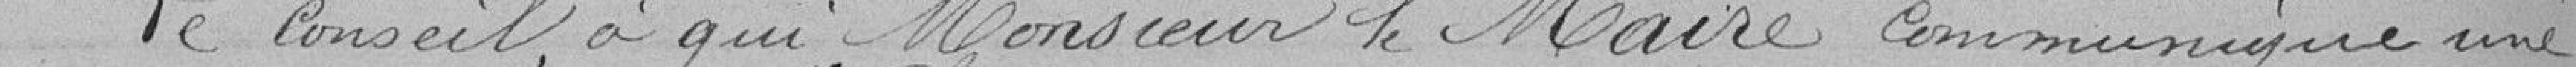
Le Conseil, à qui Monsieur le Maire communique une